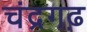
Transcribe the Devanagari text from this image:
चंद्रगढ़